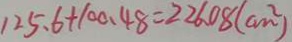
1 2 5 . 6 + 1 0 0 . 4 8 = 2 2 6 . 0 8 ( c m ^ { 2 } )